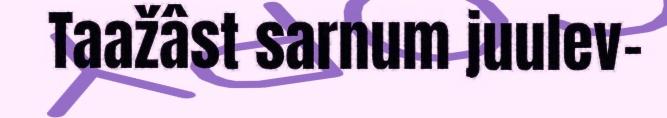
Taažâst sarnum juulev-